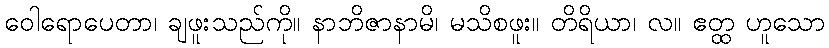
ဝေါရောပေတာ၊ ချဖူးသည်ကို။ နာဘိဇာနာမိ၊ မသိစဖူး။ တိရိယာ၊ လ။ ဧတ္ထ ဟူသော